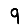
Digit: 9